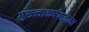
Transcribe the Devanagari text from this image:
गुरुत्वाकर्षणजन्य